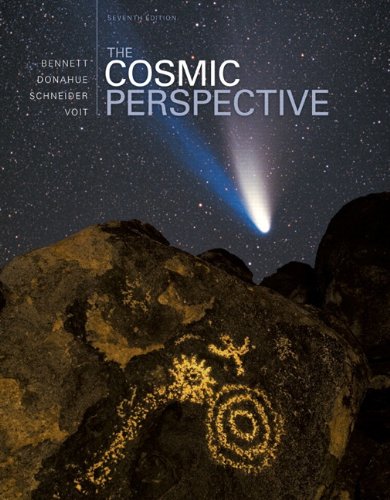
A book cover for The Cosmic Perspective (7th Edition); Jeffrey O. Bennett; Science & Math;